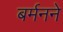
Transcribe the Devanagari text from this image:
बर्मनने